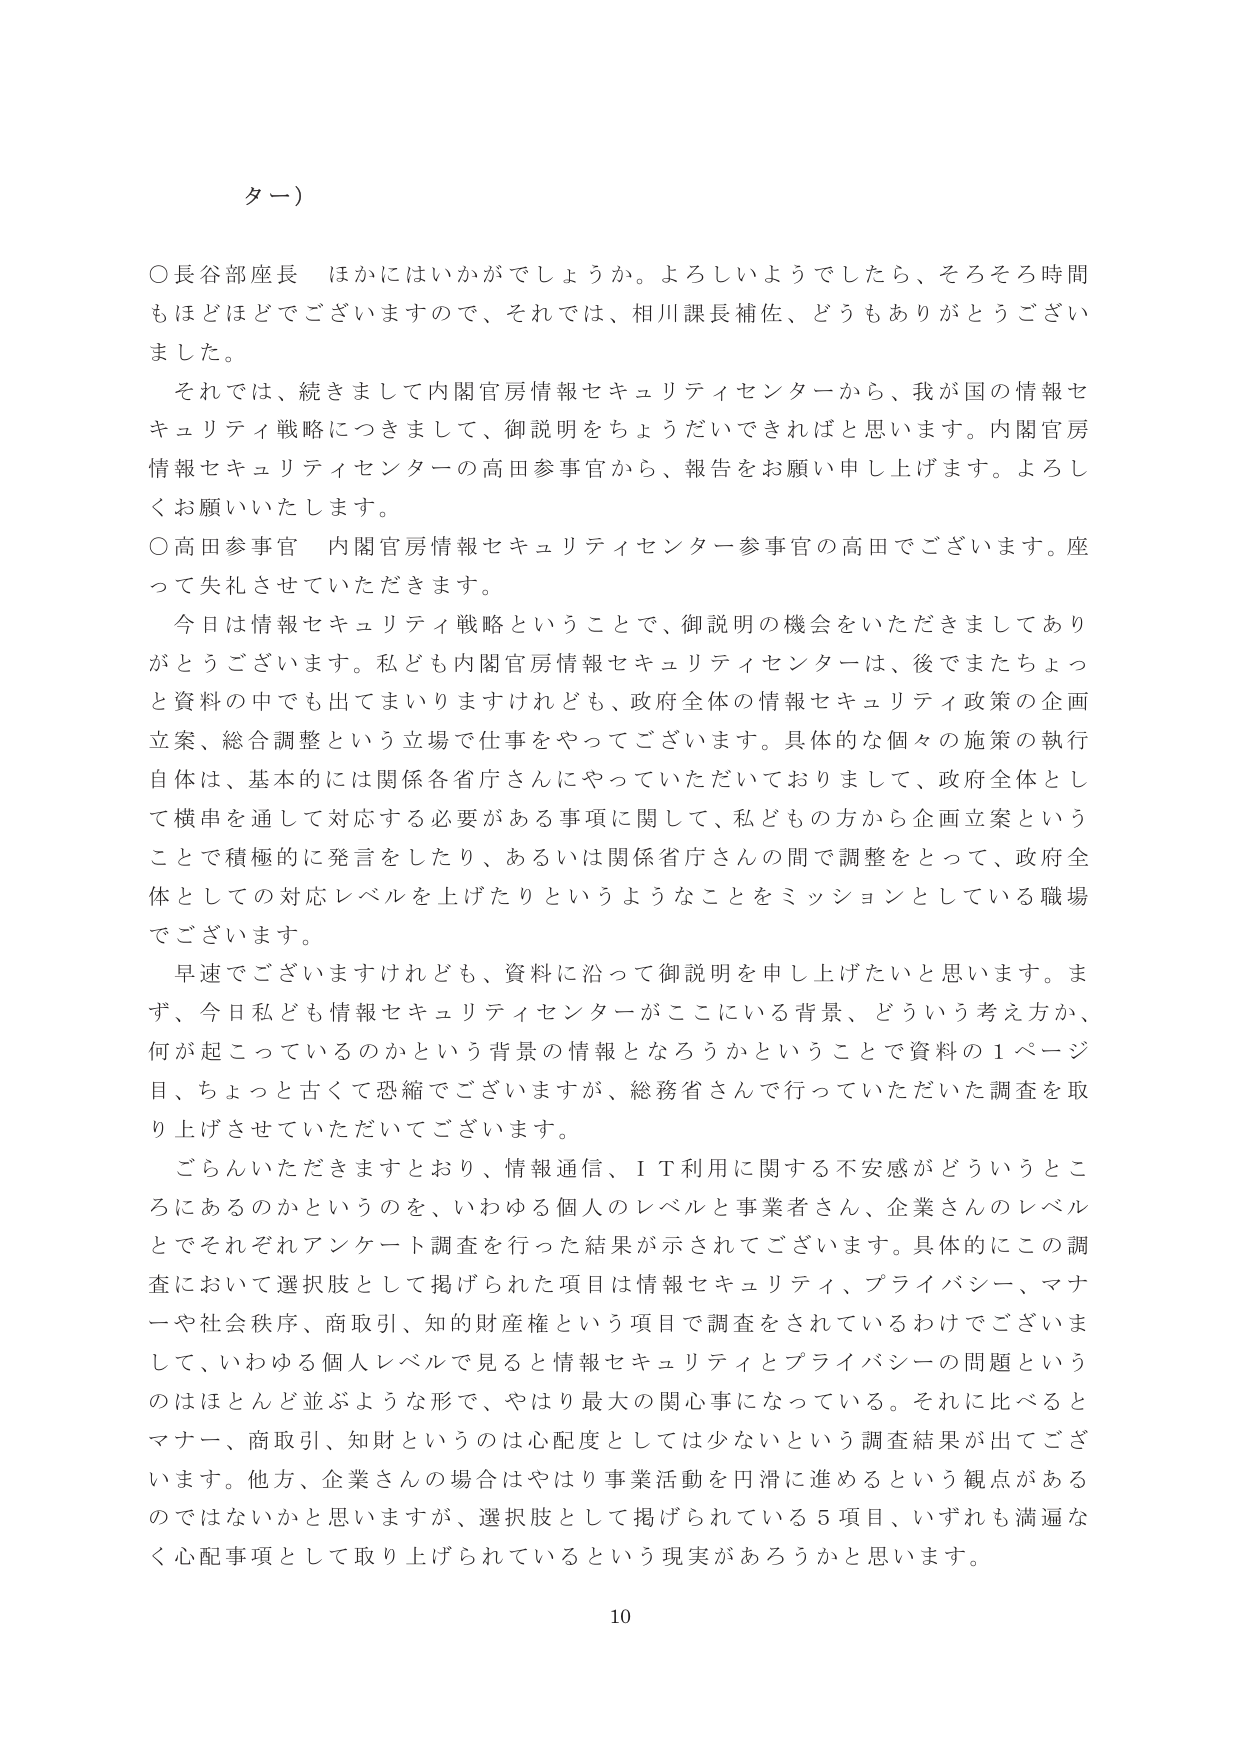
ター）

○長谷部座長　はかにはいかがでしょうか。よろしいようでしたら、そろそろ時間もほどほどでございますので、それでは、相川課長補佐、どうもありがとうございました。

　それでは、続きまして内閣官房情報セキュリティセンターから、我が国の情報セキュリティ戦略につきまして、御説明をちょうだいできればと思います。内閣官房情報セキュリティセンターの高田参事官から、報告をお願い申し上げます。よろしくお願いいたします。

○高田参事官　内閣官房情報セキュリティセンター参事官の高田でございます。座って失礼させていただきます。

　今日は情報セキュリティ戦略ということで、御説明の機会をいただきましてありがとうございます。私ども内閣官房情報セキュリティセンターは、後でまたちょっと資料の中でも出てまいりますけれども、政府全体の情報セキュリティ政策の企画立案、総合調整という立場で仕事をやってございます。具体的な個々の施策の執行自体は、基本的には関係各省庁さんにやっていただいておりまして、政府全体として横串を通じて対応する必要がある事項に関して、私どもの方から企画立案ということで積極的に発言をしたり、あるいは関係省庁さんの間で調整をとって、政府全体としての対応レベルを上げたりというようなことをミッションとしている職場でございます。

　早速でございますけれども、資料に沿って御説明を申し上げたいと思います。まず、今日私ども情報セキュリティセンターがここにいる背景、どういう考え方か、何が起こっているのかという背景の情報となろうかということで資料の１ページ目、ちょっと古くて恐縮でございますが、総務省さんで行っていただいた調査を取り上げさせていただいてございます。

　ごらんいただきますとおり、情報通信、ＩＴ利用に関する不安感がどういうところにあるのかというのを、いわゆる個人のレベルと事業者さん、企業さんのレベルとでそれぞれアンケート調査を行った結果が示されてございます。具体的にこの調査において選択肢として掲げられた項目は情報セキュリティ、プライバシー、マナーや社会秩序、商取引、知的財産権という項目で調査をされているわけでございまして、いわゆる個人レベルで見ると情報セキュリティとプライバシーの問題というのはほとんど並ぶような形で、やはり最大の関心事になっている。それに比べるとマナー、商取引、知財というのは心配度としては少ないという調査結果が出てございます。他方、企業さんの場合はやはり事業活動を円滑に進めるという観点があるのではないかと思いますが、選択肢として掲げられている５項目、いずれも満遍なく心配事項として取り上げられているという現実があろうかと思います。

10